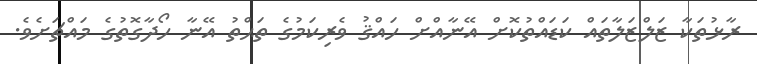
ރާޅުތަކާ ޒަލްޒަލާތައް ކަޑައްތުކޮށް އޭނާއްށް ހައްޤު ވެރިކަމުގެ ތަޙްތު އޭނާ ހޯދާގޮތުގެ މައްޗަށެވެ.